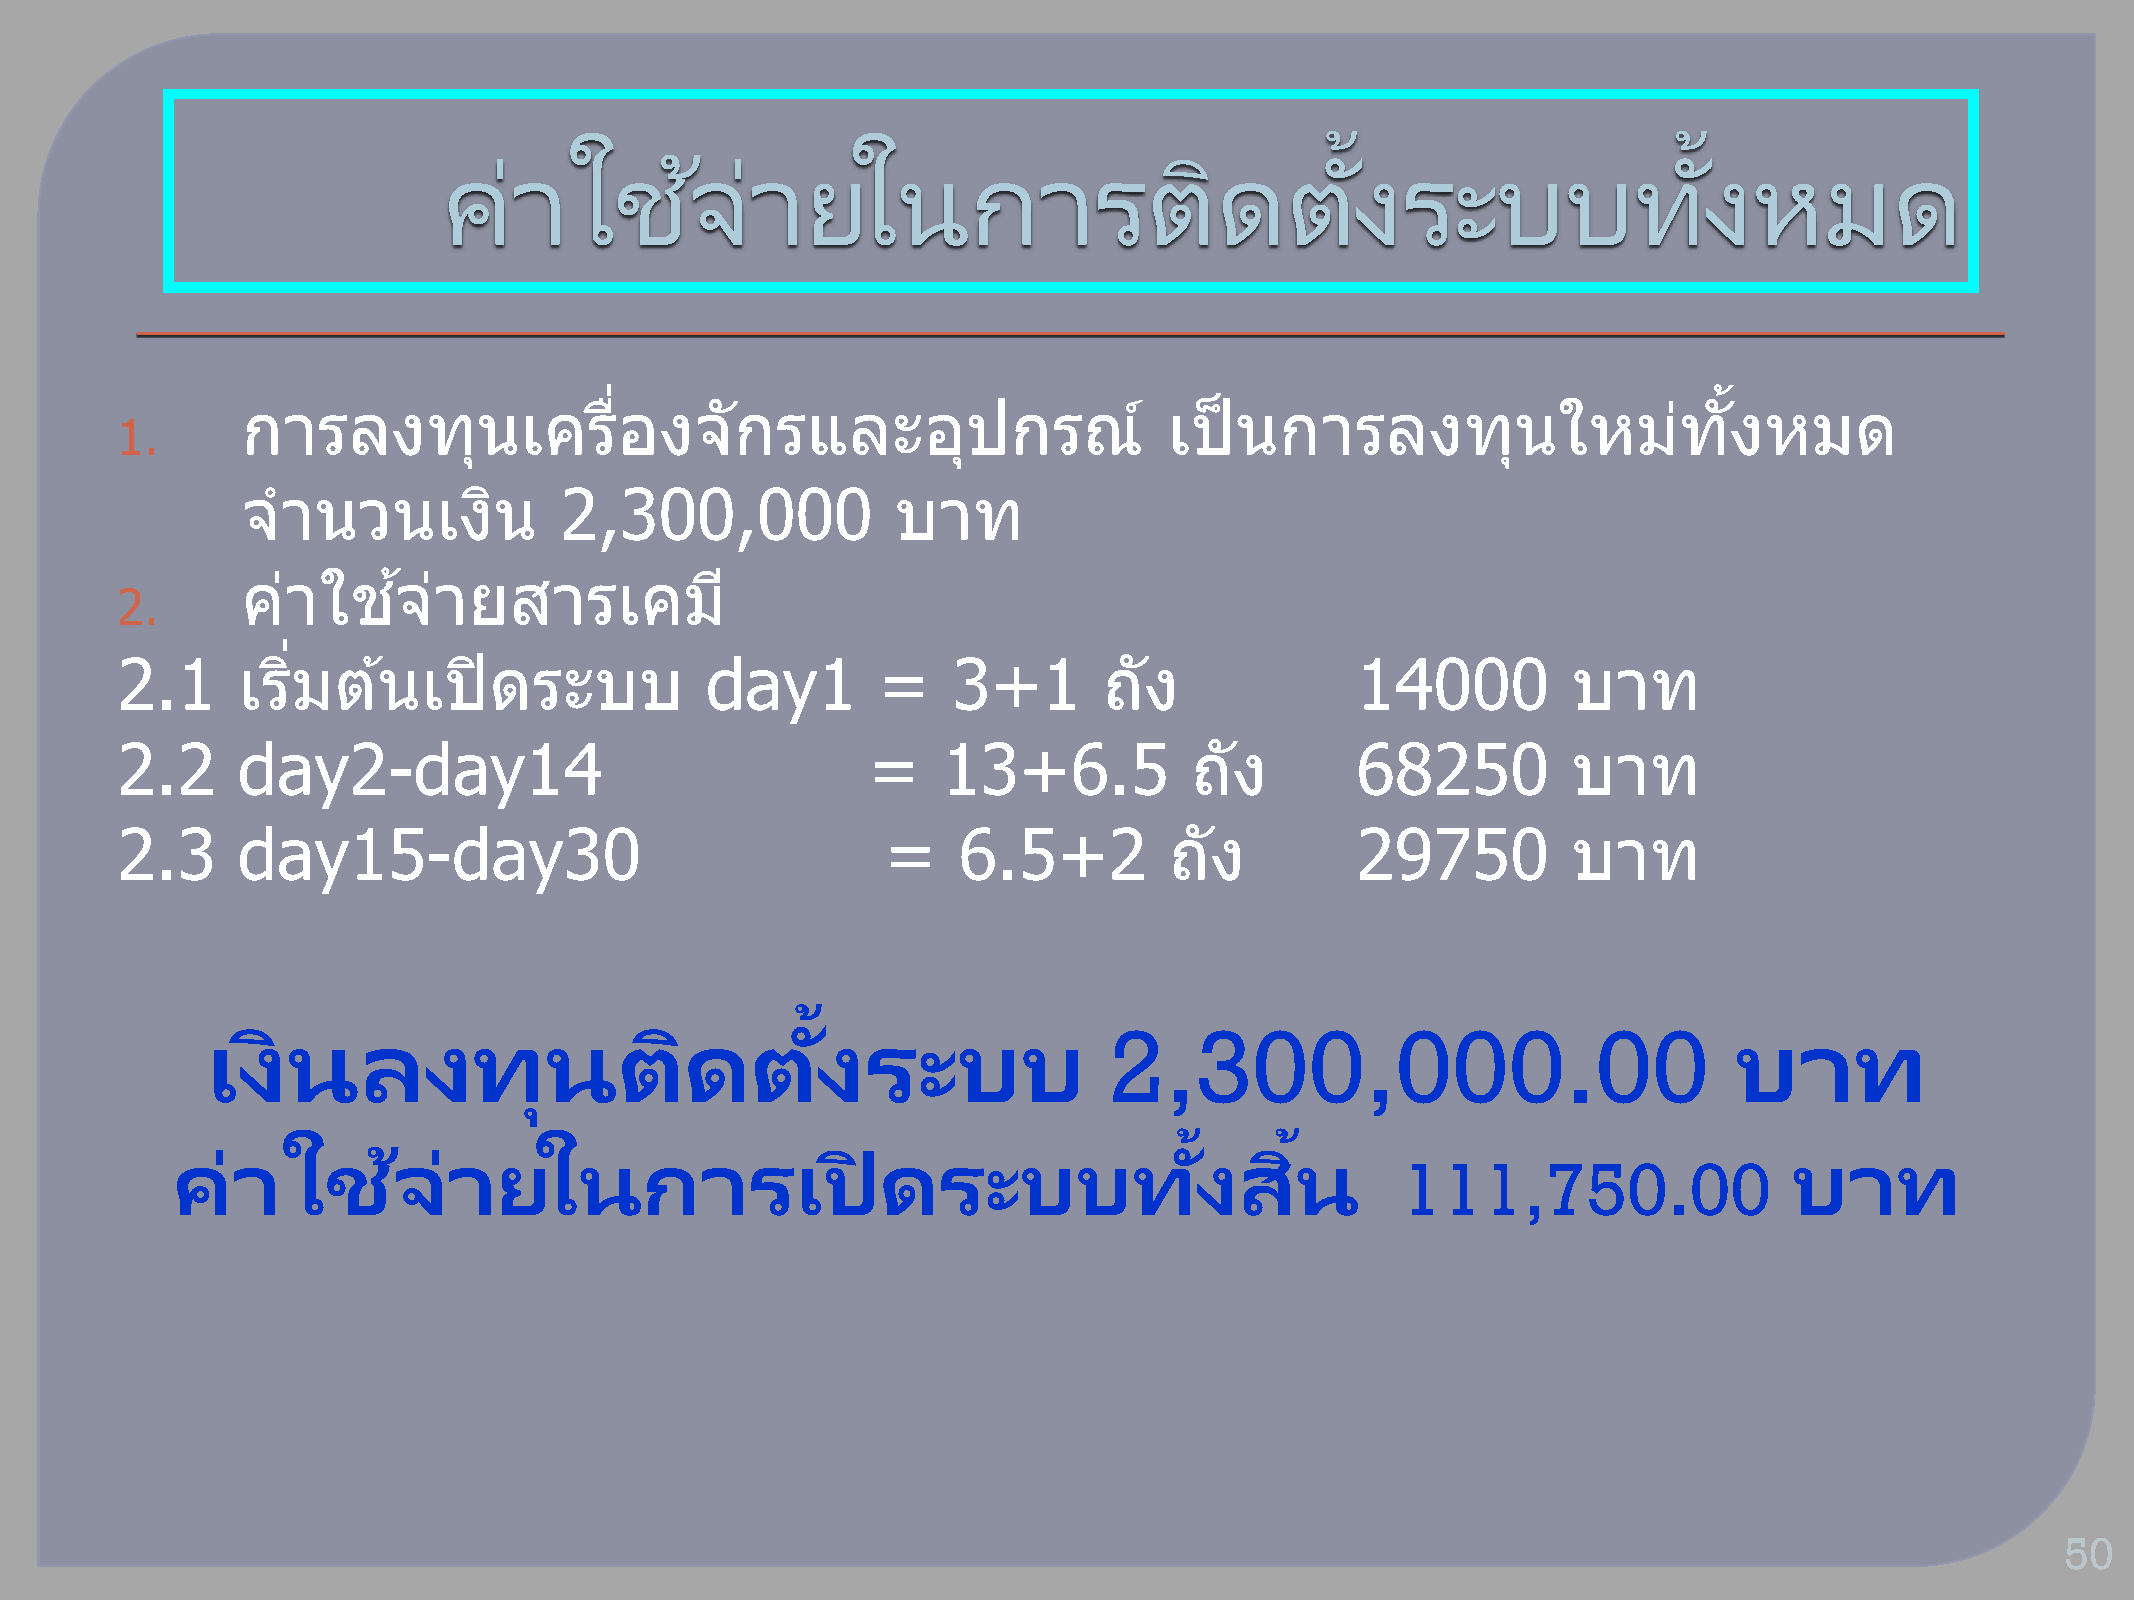
้                      ้
 คา่      ใชจ้        า่ ยในการตดิ                       ตงั     ระบบทงั                หมด
 การลงทนุ          เครอื่    งจักรและอปุ            กรณ์      เป็  นการลงทนุ            ใหมท่      ัง้ หมด
 1.
 จ  านวนเงนิ          2,300,000             บาท
 คา่  ใชจ้    า่ ยสารเคมี
 2.
 2.1     เรมิ่ ตน้   เปิดระบบ           day1       =    3+1       ถัง              14000         บาท
 2.2     day2-day14                               =    13+6.5           ถัง        68250         บาท
 2.3     day15-day30                                =   6.5+2         ถัง          29750         บาท
 ้
 เงินลงทุนตดิ                        ตงั    ระบบ            2,300,000.00                              บาท
 ้     ้
 คา่     ใชจ้       า่ ยในการเปิ                ดระบบทงั                สนิ                                  บาท
 111,750.00
 50